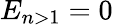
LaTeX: E_{n>1}=0